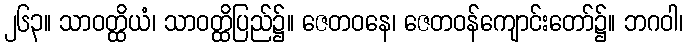
၂၆၃။ သာဝတ္ထိယံ၊ သာဝတ္ထိပြည်၌။ ဇေတဝနေ၊ ဇေတဝန်ကျောင်းတော်၌။ ဘဂဝါ၊